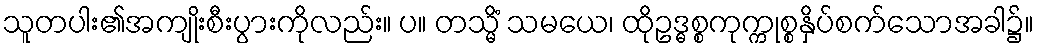
သူတပါး၏အကျိုးစီးပွားကိုလည်း။ ပ။ တသ္မိံ သမယေ၊ ထိုဥဒ္ဓစ္စကုက္ကုစ္စနှိပ်စက်သောအခါ၌။